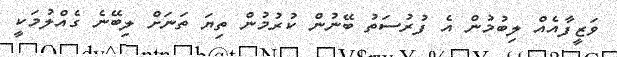
ވަޒީފާއެއް ލިބުމުން އެ ފުރުސަތު ބޭނުން ކުރުމުން ތިޔަ ތަނަށް ލިބޭނެ ގެއްލުމަކީ